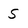
Character: S